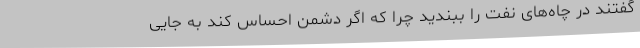
گفتند در چاه‌های نفت را ببندید چرا که اگر دشمن احساس کند به جایی